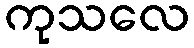
ကုသလေ